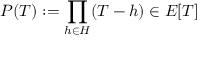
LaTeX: P ( T ) : = \prod _ { h \in H } ( T - h ) \in E [ T ]